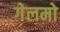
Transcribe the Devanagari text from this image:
गेलमो